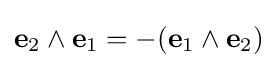
\mathbf {e} _{2}\wedge \mathbf {e} _{1}=-(\mathbf {e} _{1}\wedge \mathbf {e} _{2})